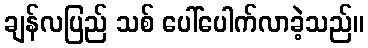
ချန်လပြည် သစ် ပေါ်ပေါက်လာခဲ့သည်။